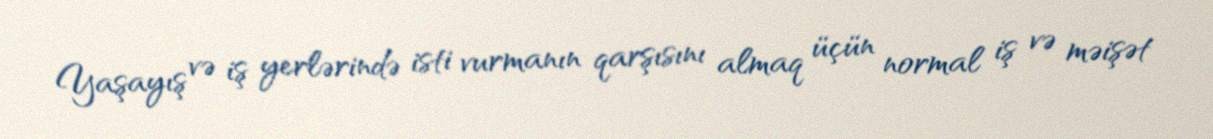
Yaşayış və iş yerlərində isti vurmanın qarşısını almaq üçün normal iş və məişət